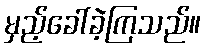
မှည့်ခေါ်ခဲ့ကြသည်။